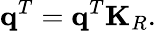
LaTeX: \mathbf{q}^{T}=\mathbf{q}^{T}\mathbf{K}_{R}.